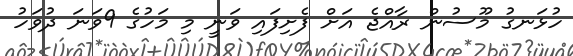
ހުޅަނގު މޫސުން ރާއްޖެ އަށް ފެށިފައި ވަނީ މި މަހުގެ 9ވަނަ ދުވަހު